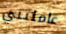
عاملتني